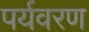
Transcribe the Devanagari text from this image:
पर्यवरण